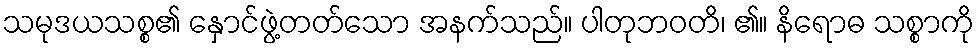
သမုဒယသစ္စ၏ နှောင်ဖွဲ့တတ်သော အနက်သည်။ ပါတုဘဝတိ၊ ၏။ နိရောဓ သစ္စာကို